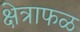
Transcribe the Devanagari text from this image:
क्षेत्राफळ